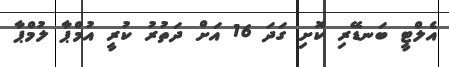
އެލްޓީ ބަނޑޭރި ކޮށި ގަދަ 16 އަށް ދަތުރު ކުރީ އުމްޕާ ލުމްޕާ